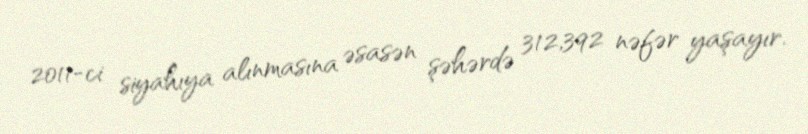
2011-ci siyahıya alınmasına əsasən şəhərdə 312,392 nəfər yaşayır.